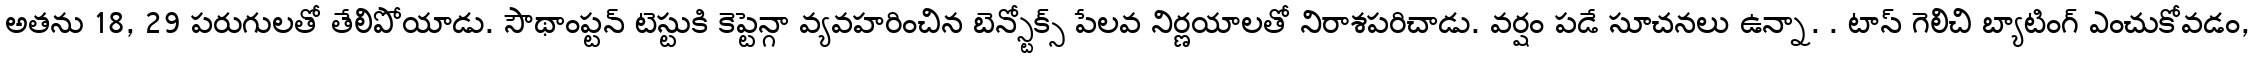
అతను 18, 29 పరుగులతో తేలిపోయాడు. సౌథాంప్టన్ టెస్టుకి కెప్టెన్గా వ్యవహరించిన బెన్స్టోక్స్ పేలవ నిర్ణయాలతో నిరాశపరిచాడు. వర్షం పడే సూచనలు ఉన్నా. . టాస్ గెలిచి బ్యాటింగ్ ఎంచుకోవడం,